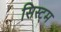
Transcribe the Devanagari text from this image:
सिस्ट्म